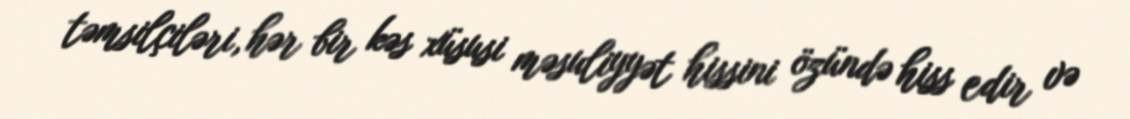
təmsilçiləri, hər bir kəs xüsusi məsuliyyət hissini özündə hiss edir və